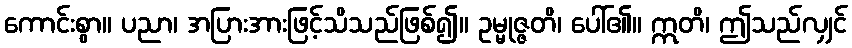
ကောင်းစွာ။ ပညာ၊ အပြားအားဖြင့်သိသည်ဖြစ်၍။ ဥမ္မုဇ္ဇတိ၊ ပေါ်၏။ ဣတိ၊ ဤသည်လျှင်